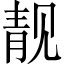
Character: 靓